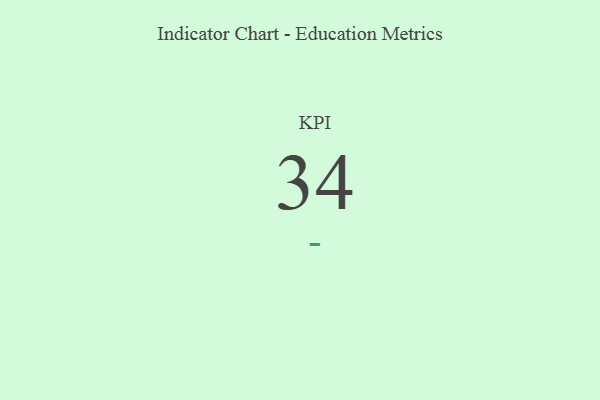
{"axis": {"x": "KPI", "y": "Value"}, "legend": [""], "data": [{"x": "KPI", "y": 34, "type": ""}]}